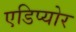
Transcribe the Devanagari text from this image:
एडिप्योर